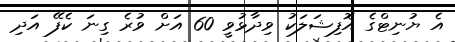
އެ ޔުނިޓްގެ އޮފިޝަލަކު ވިދާޅުވީ 60 އަށް ވުރެ ގިނަ ކެފޭ އަދި